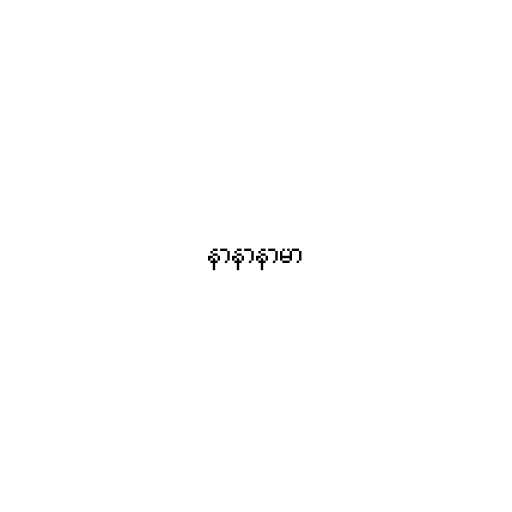
နာနာနာမာ